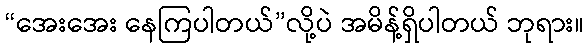
“အေးအေး နေကြပါတယ်”လို့ပဲ အမိန့်ရှိပါတယ် ဘုရား။